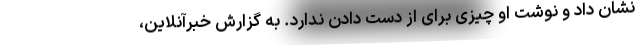
نشان داد و نوشت او چیزی برای از دست دادن ندارد. به گزارش خبرآنلاین،